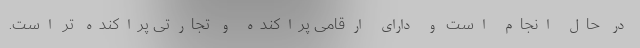
در حال انجام است و دارای ارقامی پراکنده و تجارتی پراکنده تر است.